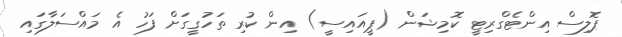
ޕޮލިސް އިންޓެގްރިޓީ ކޮމިޝަން (ޕީއައިސީ) އިން ކުރި ތަހުގީގަށް ފަހު އެ މައްސަލާގައި